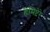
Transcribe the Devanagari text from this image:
हेमिप्टेरे